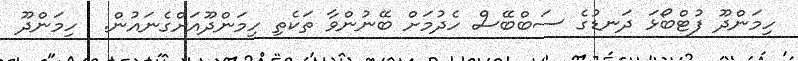
ހިމަންދޫ ފުޓްބޯޅަ ދަނޑުގެ ސަބްބޭސް ހެދުމަށް ބޭނުންވާ ތަކެތި ހިމަންދޫއަށްގެނައުން.  ހިމަންދޫ